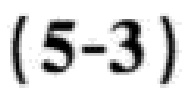
$(5 - 3)$